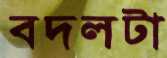
বদলটা